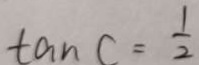
\tan C = \frac { 1 } { 2 }